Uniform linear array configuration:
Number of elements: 8
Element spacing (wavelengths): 0.75
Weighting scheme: cosine
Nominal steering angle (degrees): -30
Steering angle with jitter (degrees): -30.314
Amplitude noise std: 0.05
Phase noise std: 0.05

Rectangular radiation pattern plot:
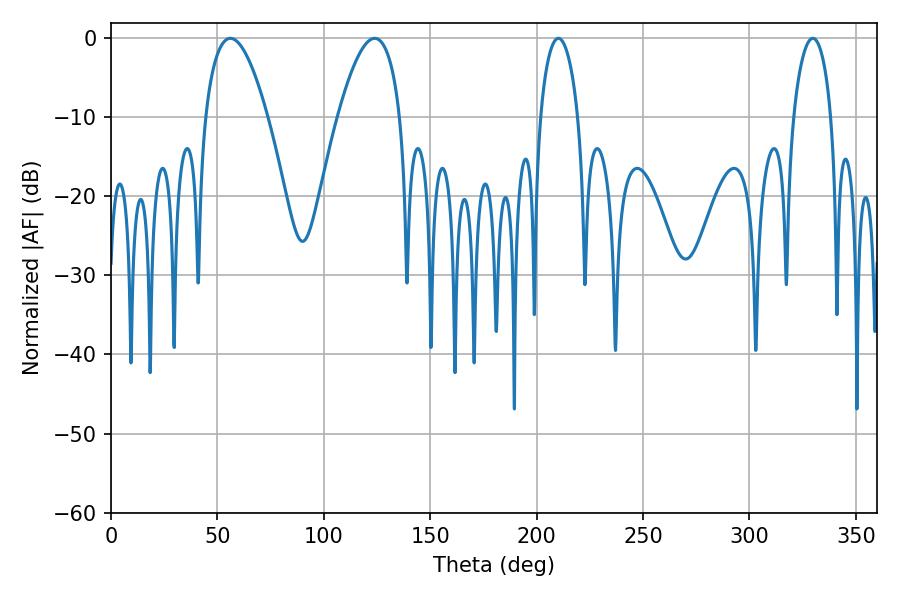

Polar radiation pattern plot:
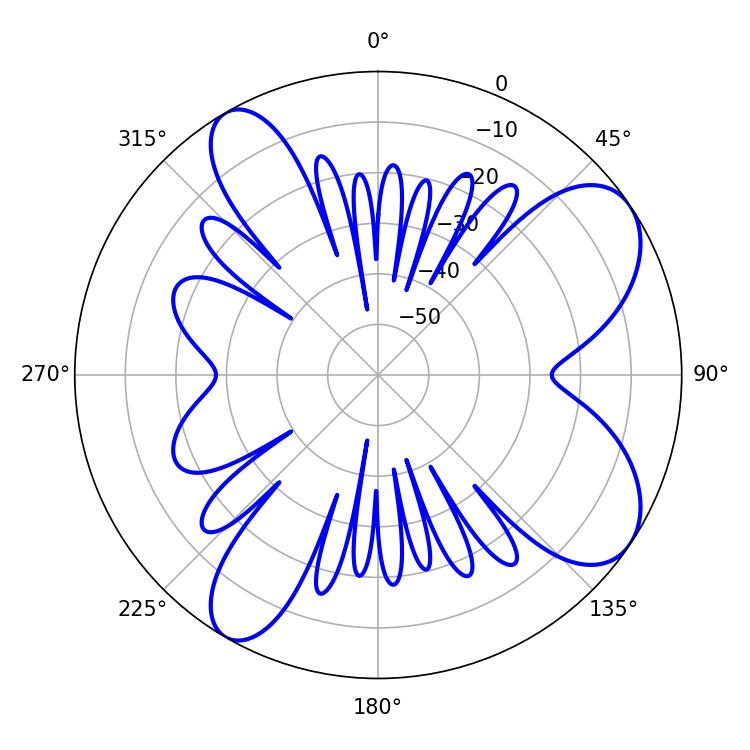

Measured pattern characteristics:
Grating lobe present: TRUE
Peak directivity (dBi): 8.118
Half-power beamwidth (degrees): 10.26
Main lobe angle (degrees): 210.24